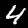
Label: 4